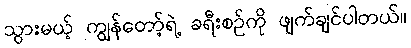
သွားမယ့် ကျွန်တော့်ရဲ့ ခရီးစဉ်ကို ဖျက်ချင်ပါတယ်။